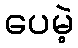
ပေမဲ့